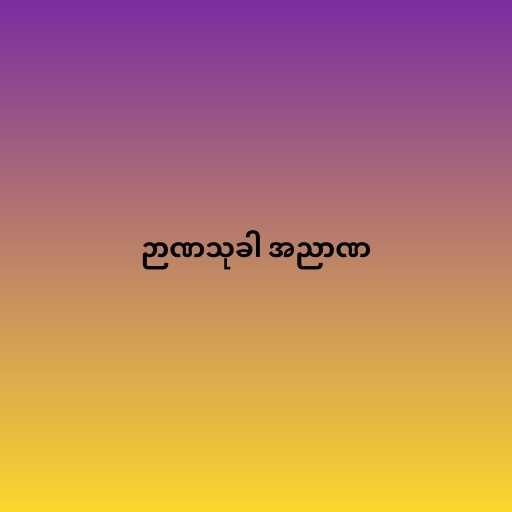
ဉာဏသုခါ အညာဏ